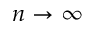
n \rightarrow \infty